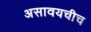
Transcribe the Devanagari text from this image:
असावयचीच